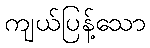
ကျယ်ပြန့်သော